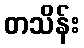
တသိန်း